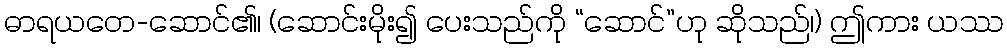
ဓာရယတေ-ဆောင်၏၊ (ဆောင်းမိုး၍ ပေးသည်ကို “ဆောင်”ဟု ဆိုသည်၊) ဤကား ယဿ